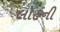
લોહની